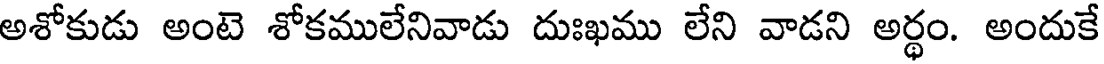
అశోకుడు అంటె శోకములేనివాడు దుఃఖము లేని వాడని అర్థం. అందుకే